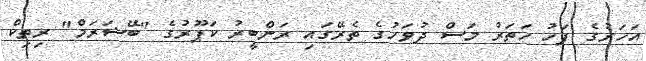
އަހަރުގެ ފަހު ހަތަރު މަސް ދުވަހުގެ ތެރޭގައި ރަންބީރު ކަޕޫރުގެ "ބޭޝަރަމް" ރިތިކް